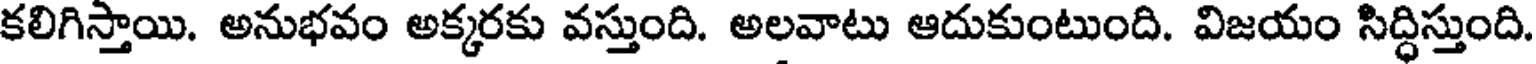
కలిగిస్తాయి. అనుభవం అక్కరకు వస్తుంది. అలవాటు ఆదుకుంటుంది. విజయం సిద్ధిస్తుంది.